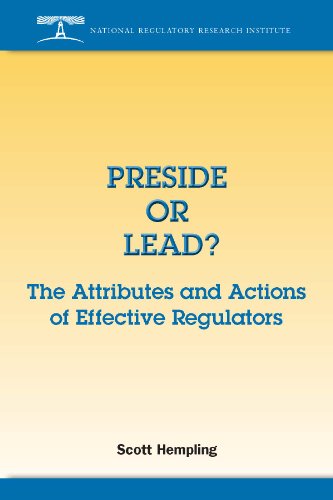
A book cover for Preside or Lead? The Attributes and Actions of Effective Regulators; Scott Hempling; Law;